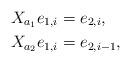
LaTeX: \begin{align*} X_{a_1} e_{1,i} &= e_{2,i},\\ X_{a_2} e_{1,i} &= e_{2,i-1},\end{align*}